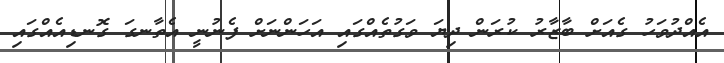
އެއްދުވަހު ގެއަށް ބާޒާރު ކުރަން ދިޔަ ވަގުތެއްގައި އަހަންނަށް ފެނުނީ އެތާނގަ ގޮނޑިއެއްގައި